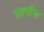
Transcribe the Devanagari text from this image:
अत्पत्ति